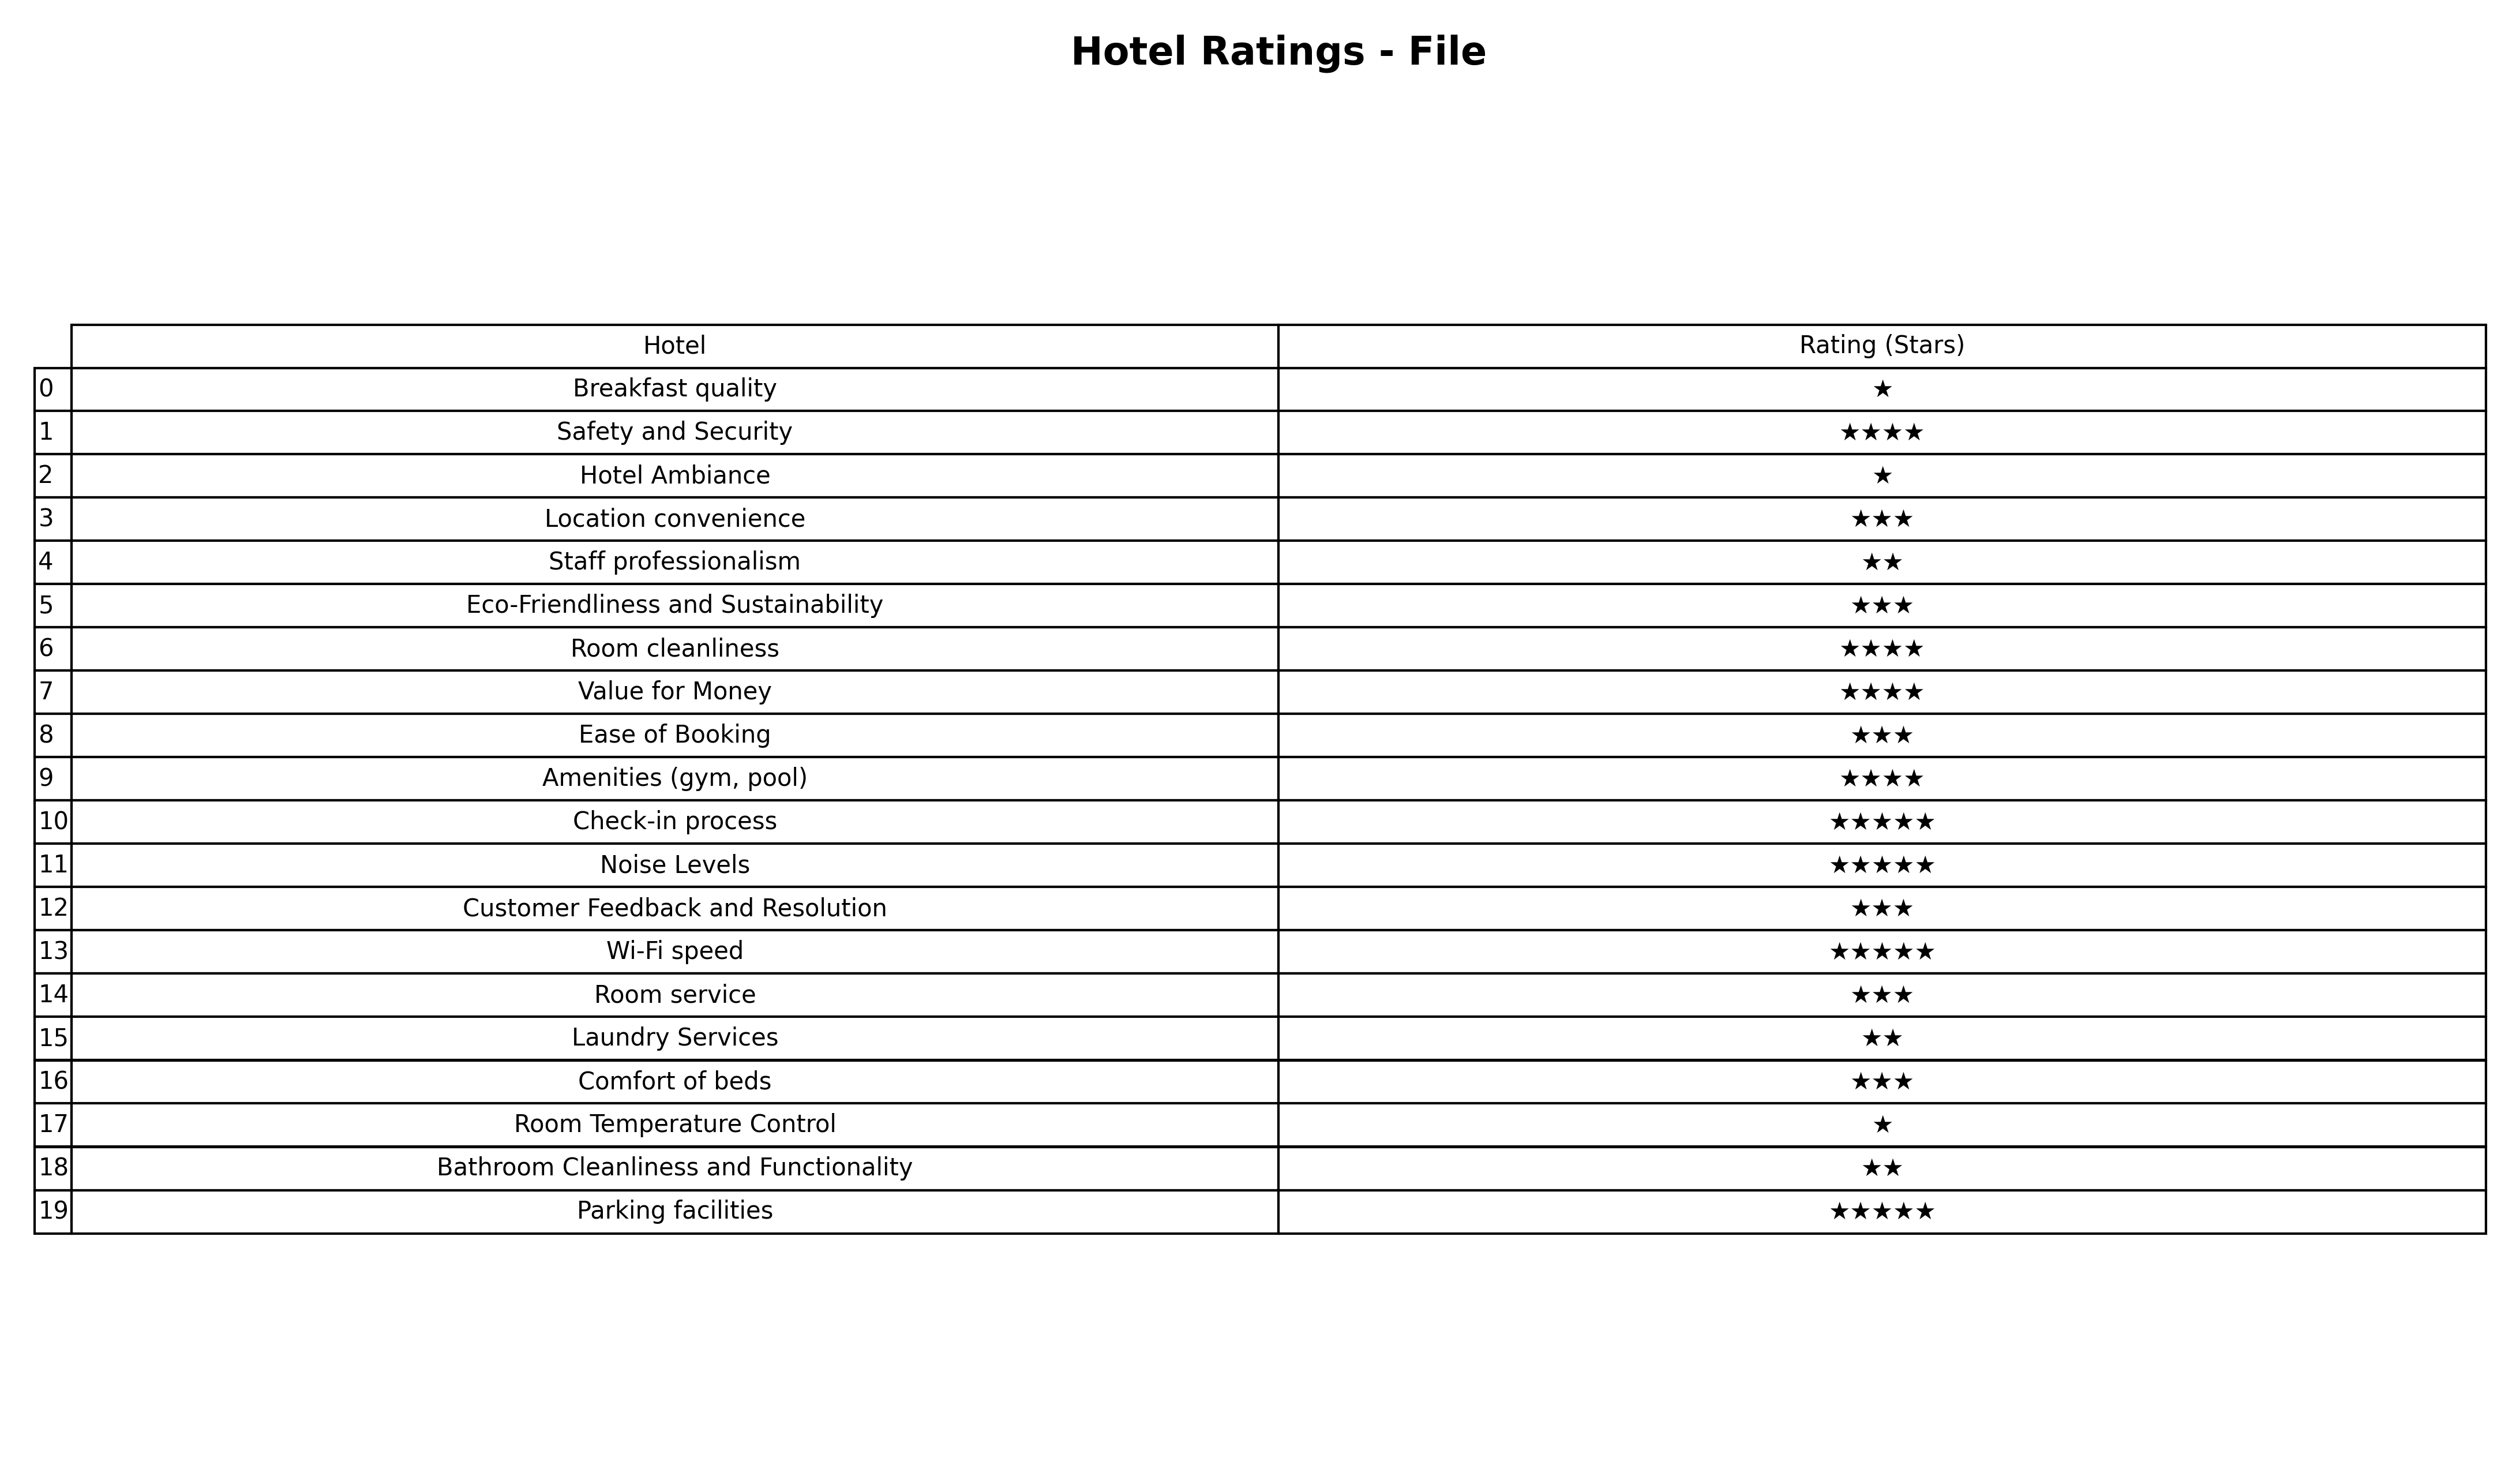
question: What is the rating of Comfort of beds?
answer: ★★★